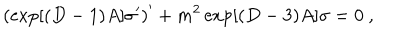
\left( \exp [ ( D - 1 ) A ] \sigma ^ { \prime } \right) ^ { \prime } + m ^ { 2 } \exp [ ( D - 3 ) A ] \sigma = 0 ~ ,